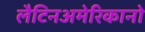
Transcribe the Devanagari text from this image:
लैटिनअमेरिकानो